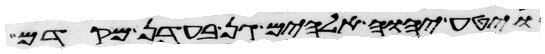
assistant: ויטע יהוה אלהים גן בעדן מקדם